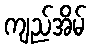
ကျည်အိမ်